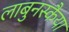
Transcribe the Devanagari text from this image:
लाबुनस्कैया